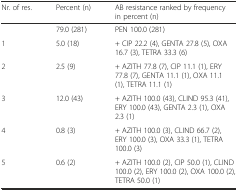
<table><thead><tr><td><b>Nr. of res.</b></td><td><b>Percent (n)</b></td><td><b>AB resistance ranked by frequency in percent (n)</b></td></tr></thead><tbody><tr><td></td><td>79.0 (281)</td><td>PEN 100.0 (281)</td></tr><tr><td>1</td><td>5.0 (18)</td><td>+ CIP 22.2 (4), GENTA 27.8 (5), OXA 16.7 (3), TETRA 33.3 (6)</td></tr><tr><td>2</td><td>2.5 (9)</td><td>+ AZITH 77.8 (7), CIP 11.1 (1), ERY 77.8 (7), GENTA 11.1 (1), OXA 11.1 (1), TETRA 11.1 (1)</td></tr><tr><td>3</td><td>12.0 (43)</td><td>+ AZITH 100.0 (43), CLIND 95.3 (41), ERY 100.0 (43), GENTA 2.3 (1), OXA 2.3 (1)</td></tr><tr><td>4</td><td>0.8 (3)</td><td>+ AZITH 100.0 (3), CLIND 66.7 (2), ERY 100.0 (3), OXA 33.3 (1), TETRA 100.0 (3)</td></tr><tr><td>5</td><td>0.6 (2)</td><td>+ AZITH 100.0 (2), CIP 50.0 (1), CLIND 100.0 (2), ERY 100.0 (2), OXA 100.0 (2), TETRA 50.0 (1)</td></tr></tbody></table>